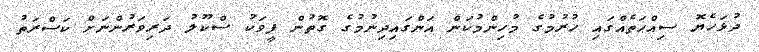
ދުޅަހެޔޮ ސިއްޙަތެއްގައި ހުރުމުގެ މުހިންމުކަން އަންގައިދިނުމުގެ ގޮތުން ފީވަކު ސްކޫލު ދަރިވަރުންނަށް ކަސްރަތު